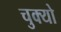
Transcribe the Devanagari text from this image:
चुक्यो